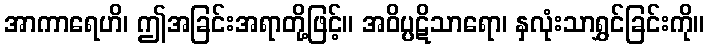
အာကာရေဟိ၊ ဤအခြင်းအရာတို့ဖြင့်။ အဝိပ္ပဋိသာရော၊ နှလုံးသာရွှင်ခြင်းကို။